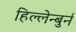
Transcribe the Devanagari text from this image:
हिल्लेन्बुर्न